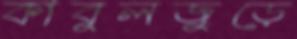
কাবুলজুড়ে